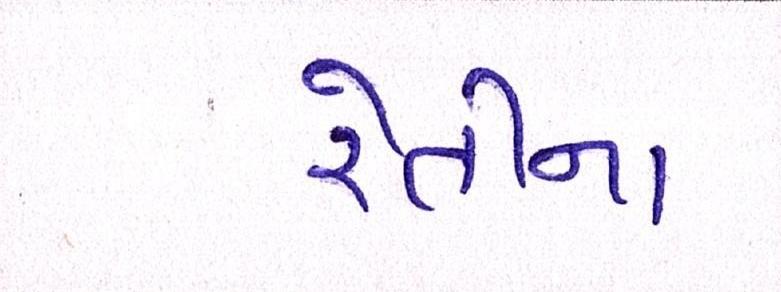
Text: રેતીના